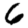
Digit: 6